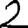
Digit: 2